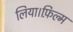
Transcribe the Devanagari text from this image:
लिया।फ़िल्म